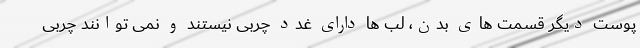
پوست دیگر قسمت های بدن، لب ها دارای غدد چربی نیستند و نمی توانند چربی